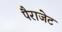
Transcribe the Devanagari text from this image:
पैराजेट